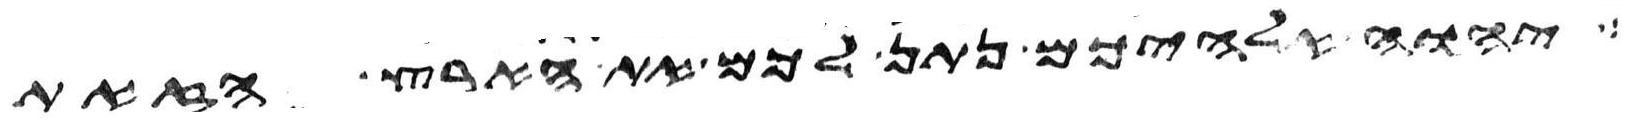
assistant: יהוה אלהיכם נתן לכם את הארץ הזאת